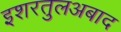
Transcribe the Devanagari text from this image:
इशरतुलअबाद